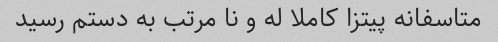
متاسفانه پیتزا کاملا له و نا مرتب به دستم رسید